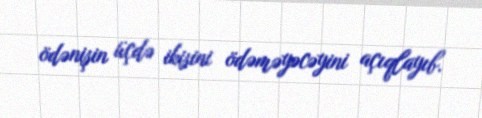
ödənişin üçdə ikisini ödəməyəcəyini açıqlayıb.